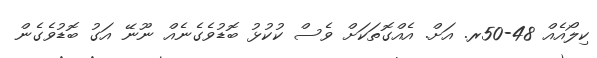
ކިލޯއެއް 48-50ރ. އަށް. އެއްގޮތަކަށް ވެސް ކުކުޅު ބޮޑުވެގެނެއް ނޫނޭ އަގު ބޮޑުވެގެން